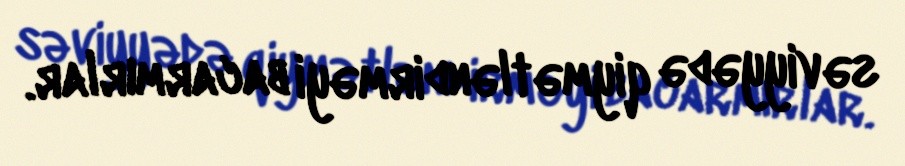
səviyyədə qiymətləndirməyi bacarmırlar.